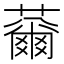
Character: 䕥